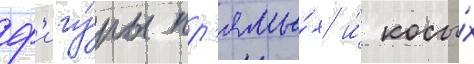
ф'игу́ры пр'ямы́х и́ косы́х